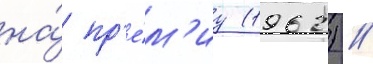
на́ пр'е́м'иу (1962) //